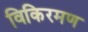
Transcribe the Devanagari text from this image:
विकिरमण